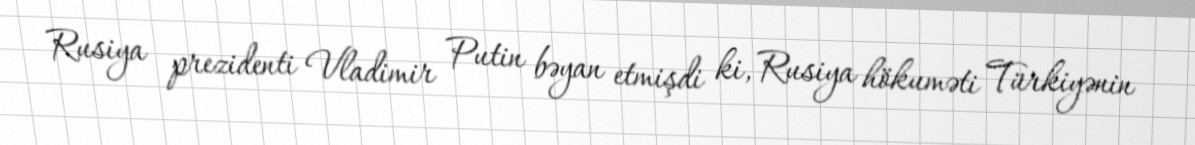
Rusiya prezidenti Vladimir Putin bəyan etmişdi ki, Rusiya hökuməti Türkiyənin